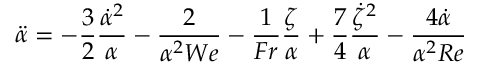
\ddot { \alpha } = - \frac { 3 } { 2 } \frac { \dot { \alpha } ^ { 2 } } { \alpha } - \frac { 2 } { \alpha ^ { 2 } W e } - \frac { 1 } { F r } \frac { \zeta } { \alpha } + \frac { 7 } { 4 } \frac { \dot { \zeta } ^ { 2 } } { \alpha } - \frac { 4 \dot { \alpha } } { \alpha ^ { 2 } R e }